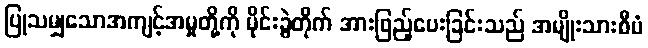
ပြုသမျှသောအကျင့်အမှုတို့ကို မိုင်းခွဲတိုက် အားဖြည့်ပေးခြင်းသည် အမျိုးသားစီမံ